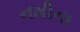
નમીના